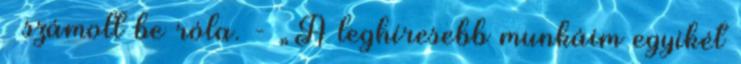
– számolt be róla. - „A leghíresebb munkáim egyikét